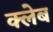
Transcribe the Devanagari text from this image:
क्लेब